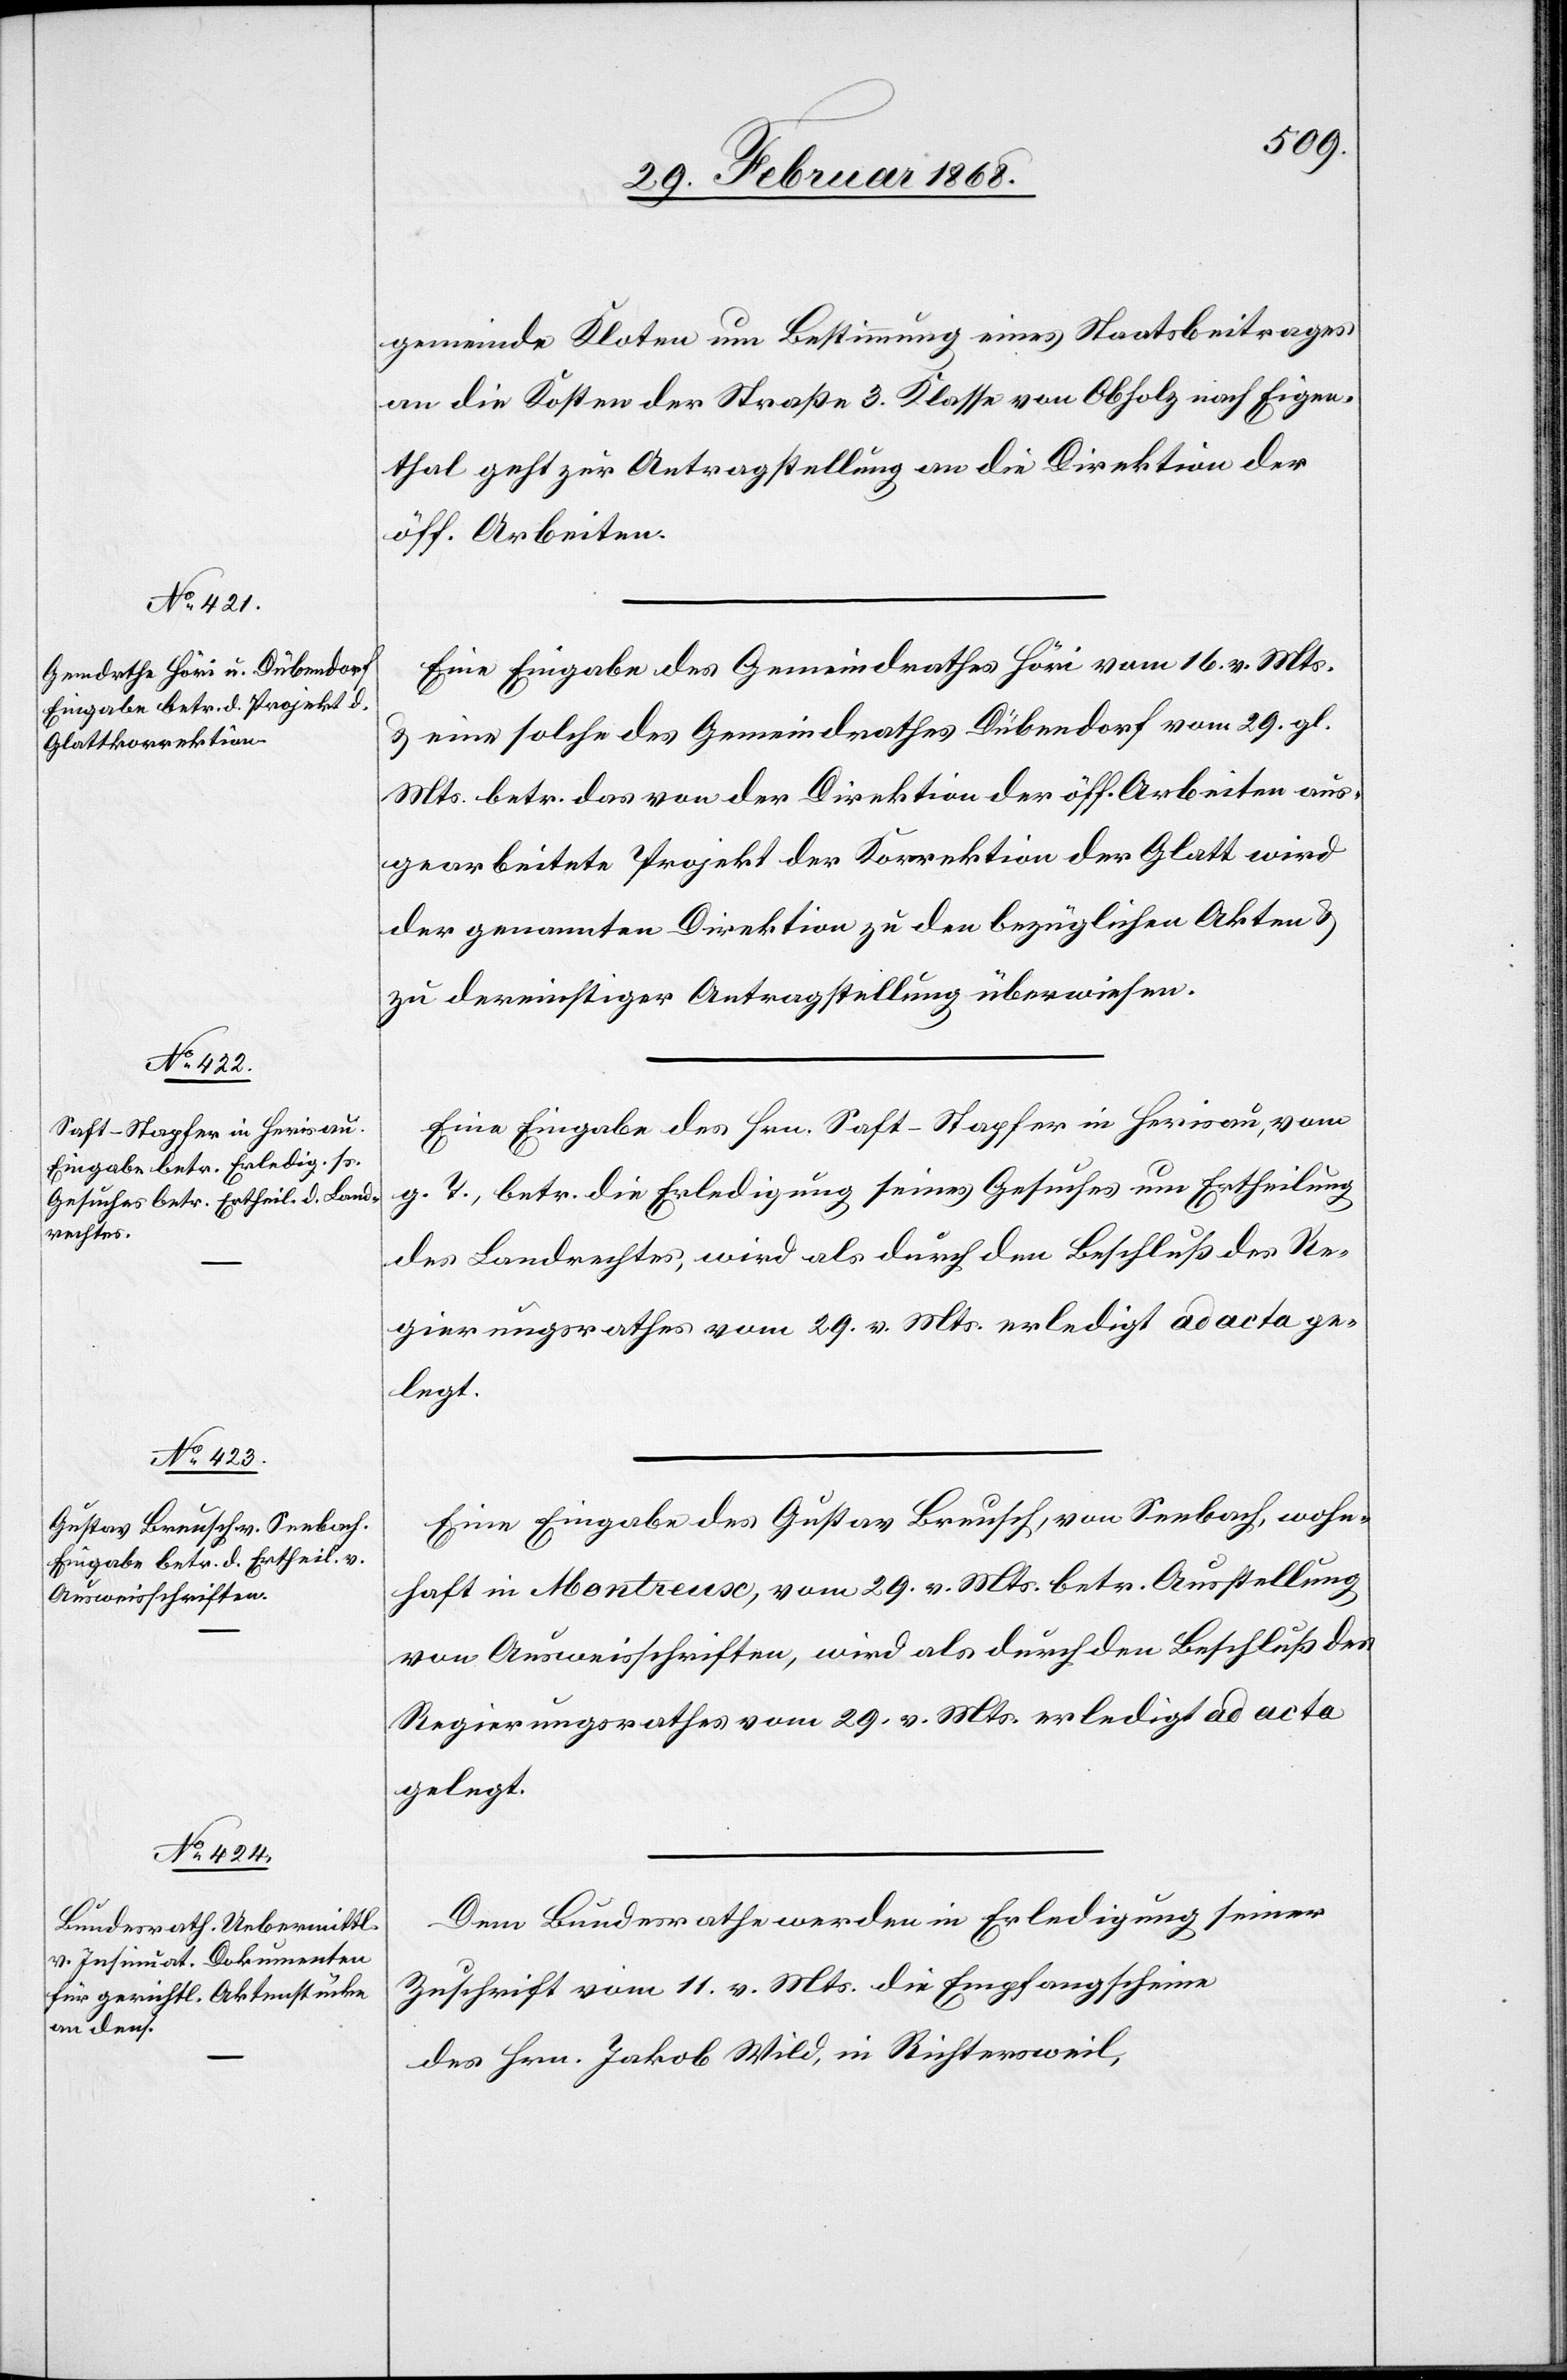
gemeinde Kloten um Bestimmung eines Staatsbeitrages
an die Kosten der Straße 3. Klasse von Obholz nach Eigen¬
thal geht zur Antragstellung an die Direktion der
öff. Arbeiten.
Eine Eingabe des Gemeindrathes Höri vom 16. v. Mts.
& eine solche des Gemeindrathes Dübendorf vom 29. gl.
Mts. betr. das von der Direktion der öff. Arbeiten aus¬
gearbeitete Projekt der Korrektion der Glatt wird
der genannten Direktion zu den bezüglichen Akten &
zu dereinstiger Antragstellung überwiesen.
Eine Eingabe des Hrn. Saft-Stapfer in Herisau, vom
g. T., betr. die Erledigung seines Gesuches um Ertheilung
des Landrechtes, wird als durch den Beschluß des Re¬
gierungsrathes vom 29. v. Mts. erledigt ad acta ge¬
legt.
Eine Eingabe des Gustav Breusch, von Seebach, wohn¬
haft in Montreux, vom 29. v. Mts. betr. Ausstellung
von Ausweisschriften, wird als durch den Beschluß des
Regierungsrathes vom 29. v. Mts. erledigt ad acta
gelegt.
Dem Bundesrathe werden in Erledigung seiner
Zuschrift vom 11. v. Mts. die Empfangscheine
des Hrn. Jakob Wild, in Richtersweil,